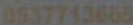
0537713665